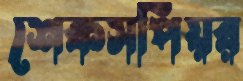
শেকসপিয়র